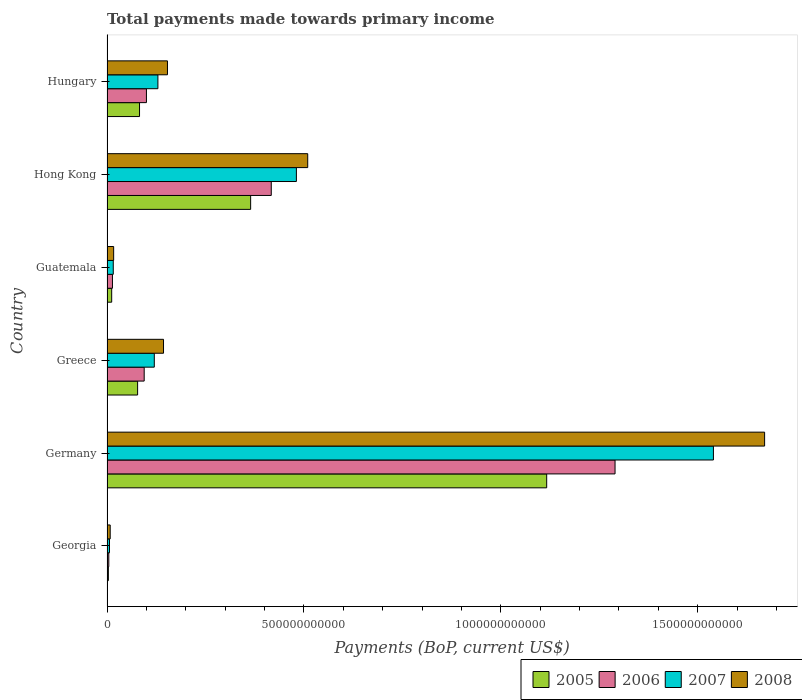
| Country | 2005 | 2006 | 2007 | 2008 |
 | --- | --- | --- | --- | --- |
 | Georgia | 3.47e+09 | 4.56e+09 | 6.32e+09 | 8.11e+09 |
 | Germany | 1.12e+12 | 1.29e+12 | 1.54e+12 | 1.67e+12 |
 | Greece | 7.77e+10 | 9.44e+10 | 1.2e+11 | 1.44e+11 |
 | Guatemala | 1.19e+10 | 1.38e+10 | 1.59e+10 | 1.69e+10 |
 | Hong Kong | 3.65e+11 | 4.17e+11 | 4.81e+11 | 5.1e+11 |
 | Hungary | 8.26e+10 | 1e+11 | 1.29e+11 | 1.54e+11 |